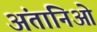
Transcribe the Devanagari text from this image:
अंतानिओ